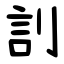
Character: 䚯